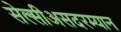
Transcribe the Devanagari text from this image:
सेल्सीअसदरम्यान